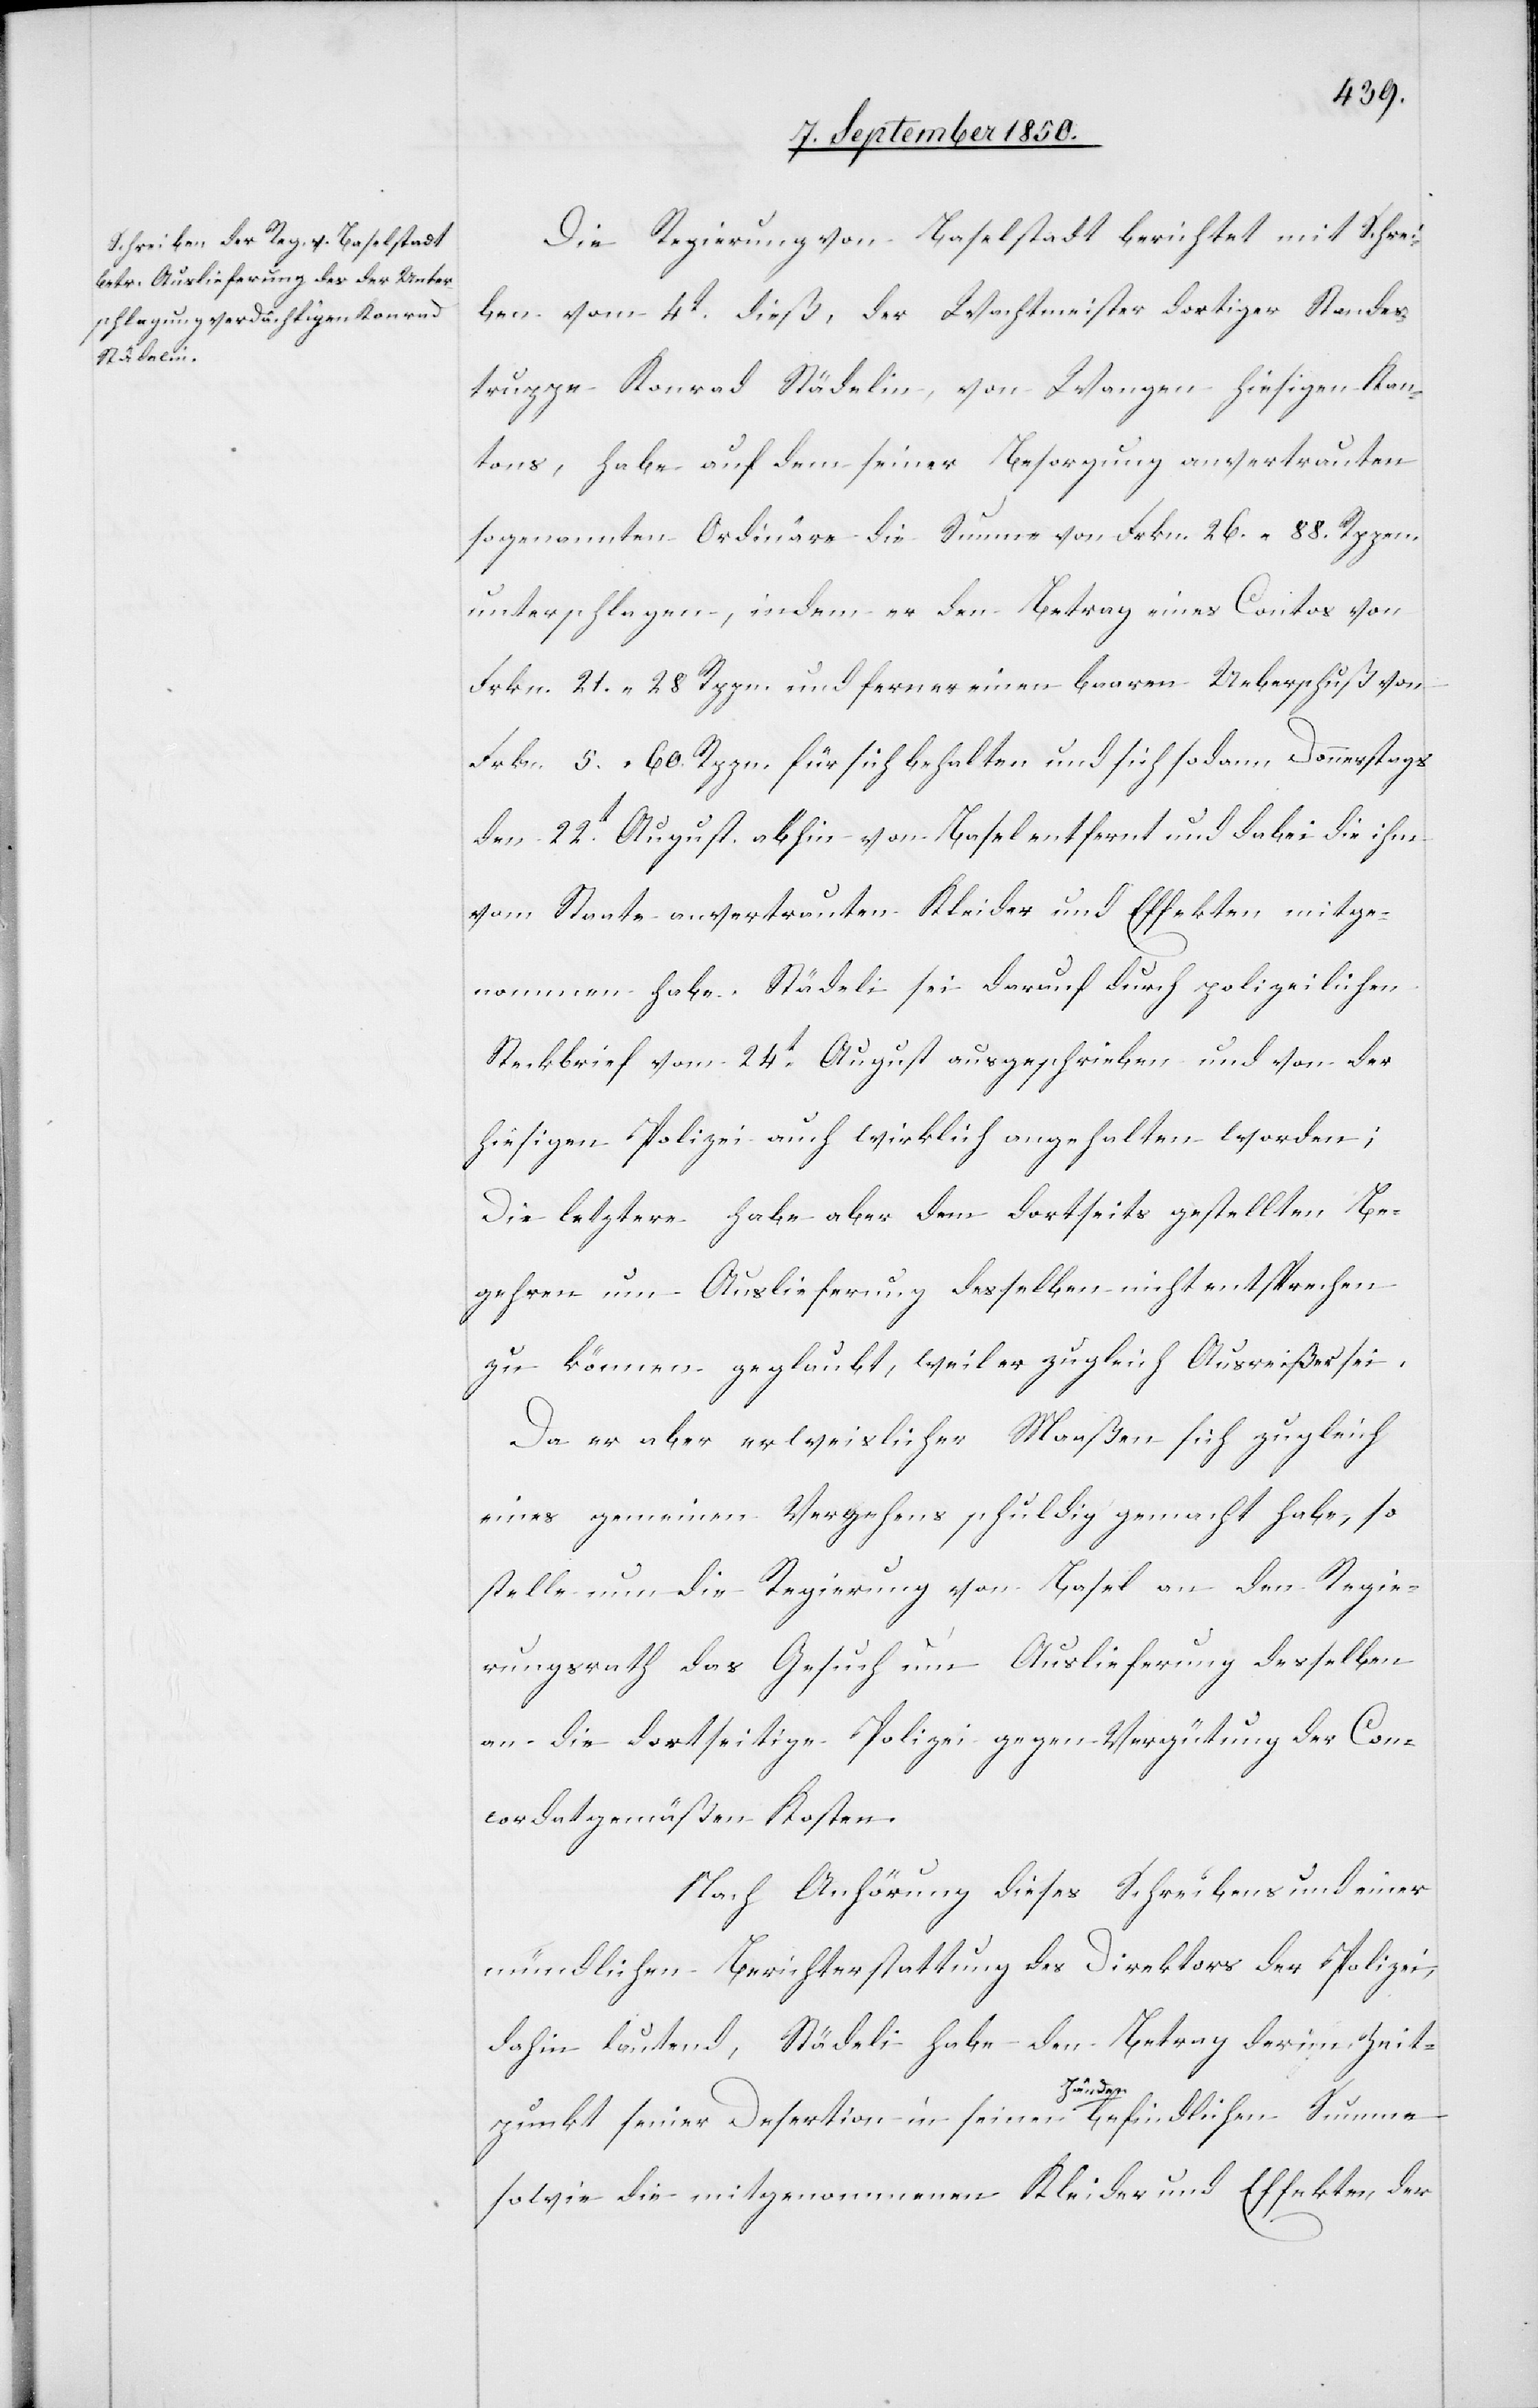
Die Regierung von Baselstadt berichtet mit Schrei¬
ben vom 4t dieß, der Wachtmeister dortiger Standes¬
truppe Konrad Städelin, von Wangen hiesigen Kan¬
tons, habe auf dem seiner Besorgung anvertrauten
sogenannten Ordinäre die Summe von Frkn. 26. 88. Rppen.
unterschlagen, indem er den Betrag eines Contos von
Frkn. 21. 28 Rppn. und ferner einen baaren Ueberschuß von
Frkn. 5. 60. Rppn. für sich behalten und sich sodann Donnerstags
den 22t August abhin von Basel entfernt und dabei die ihm
vom Staate anvertrauten Kleider und Effekten mitge¬
nommen habe. Städeli [sic!] sei darauf durch polizeilichen
Steckbrief vom 24t August ausgeschrieben und von der
hiesigen Polizei auch wirklich angehalten worden;
Die letztere habe aber dem dortseits gestellten bE¬
gehren um Auslieferung desselben nicht entsprechen
zu können geglaubt, weil er zugleich Ausreißer sei.
Da er aber erweislicher Maaßen sich zugleich
eines gemeinen Vergehens schuldig gemacht habe, so
stelle nun die Regierung von Basel an den Regie¬
rungsrath das Gesuch um Auslieferung desselben
an die dortseitige Polizei gegen Vergütung der Con¬
cordatgemäßen Kosten.
Nach Anhörung dieses Schreibens und einer
mündlichen Berichterstattung des Direktors der Polizei,
dahin lautend, Städeli habe den Betrag der im Zeit¬
punkt seiner Desertion in seinen Händen befindlichen Summe
sowie die mitgenommenen Kleider und Effekten der